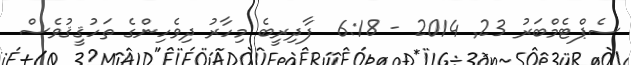
ސެޕްޓެމްބަރު 23